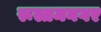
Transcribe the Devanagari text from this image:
रूस्तमनगर